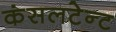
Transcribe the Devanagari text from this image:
कंसलटेन्ट